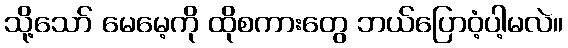
သို့သော် မေမေ့ကို ထိုစကားတွေ ဘယ်ပြောဝံ့ပါ့မလဲ။